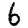
Digit: 6